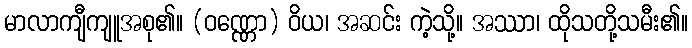
မာလာကျီကျူအစု၏။ (ဝဏ္ဏော) ဝိယ၊ အဆင်း ကဲ့သို့။ အဿာ၊ ထိုသတို့သမီး၏။